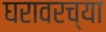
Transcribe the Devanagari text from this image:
घरावरच्या